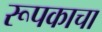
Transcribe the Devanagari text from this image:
रूपकाचा